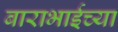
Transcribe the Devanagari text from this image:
बाराभाईच्या